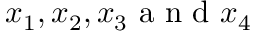
x _ { 1 } , x _ { 2 } , x _ { 3 } \mathrm { ~ a ~ n ~ d ~ } x _ { 4 }